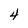
Character: 4